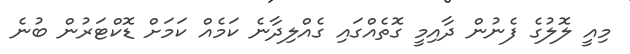
މިއީ ލޮލުގެ ފެނުން ދާއިމީ ގޮތެއްގައި ގެއްލިދާނެ ކަމެއް ކަމަށް ޑޮކްޓަރުން ބުނެ